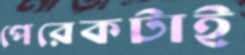
পেরেকটাই